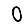
Digit: 0